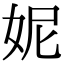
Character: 妮